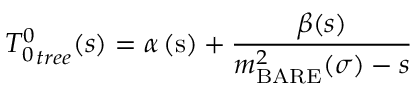
{ T _ { 0 } ^ { 0 } } _ { t r e e } ( s ) = \alpha \left( \mathrm { s } \right) + \frac { \beta ( s ) } { { m _ { \mathrm { B A R E } } ^ { 2 } ( \sigma ) } - s }